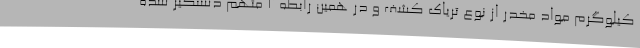
کیلوگرم مواد مخدر از نوع تریاک کشف و در همین رابطه 2 متهم دستگیر شده